Annual report of the Bengal Veterinary College and of the Civil Veterinary Department, Bengal, for the year 1915-16 - 1915-1916
Year: 1915
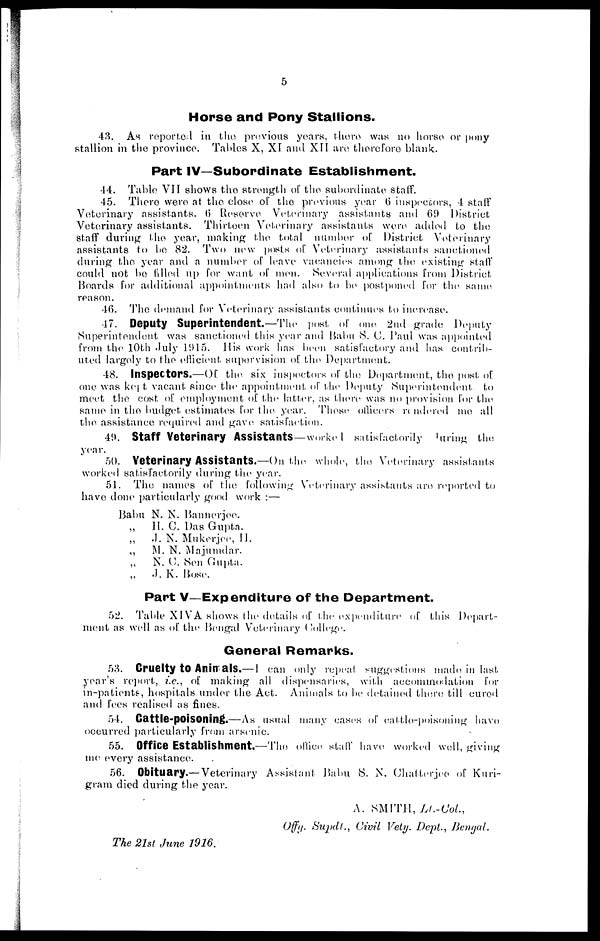
5
Horse and Pony Stallions.
43. As reported in the previous years, there was no horse or pony
stallion in the province. Tables X, XI and XII are therefore blank.
Part IV—Subordinate Establishment.
44. Table VII shows the strength of the subordinate staff.
45. There were at the close of the previous year 6 inspectors, 4 staff
Veterinary assistants. 6 Reserve Veterinary assistants and 69 District
Veterinary assistants. Thirteen Veterinary assistants were added to the
staff during the year, making the total number of District Veterinary
assistants to be 82. Two new posts of Veterinary assistants sanctioned
during the year and a number of leave vacancies among the existing staff
could not bo filled up for want of men. Several applications from District
Hoards for additional appointments had also to be postponed for the same
reason.
46. The demand for Veterinary assistants continues to increase.
47. Deputy Superintendent.—The post of one, 2ml grade Deputy
Superintendent was sanctioned this year and Babu S. (J. Paul was appointed
from the 10th duly 1915. His work has been satisfactory and has contrib-
uted largely to the efficient supervision of the Department.
48. Inspectors.—Of the six inspectors of the Department, the post of
one was kept vacant since the appointment of the Deputy Superintendent to
meet the cost of employment of the latter, as there was no provision for the.
same in the budget estimates for the year. These officers rendered me all
the assistance required and gave satisfaction.
49. Staff Veterinary Assistants—worked satisfactorily during the
year.
50. Veterinary Assistants.—On the whole, the Veterinary assistants
worked satisfactorily during the year.
51. The names of the following Veterinary assistants are reported to
have done particularly good work:—
Balm N. N. Bannerjee.
„ H. C. Das Gupta.
„
J. N. Mukerjee, H.
„
M. N. Majumdar.
„
N. C. Sen Gupta.
„ J. K. Bose.
Part V—Expenditure of the Department.
52. Table XIVA shows the details of the expenditure of this Depart-
ment as well as of the Bengal Veterinary (College.
General Remarks.
58. Cruelty t0 Animals.—I can only repeat suggestions made in last
year's report, i.e., of making all dispensaries, with accommodation for
in-patients, hospitals under the Act. Animals to be detained there till cured
and fees realised as fines.
54. Cattle-poisoning.—As usual many cases of cattle-poisoning have
occurred particularly from arsenic.
55. Office Establishment.—The office staff have worked well, giving
me every assistance.
56. Obituary.—Veterinary Assistant Babu S. N. Chatterjee of Kuri-
gram died during the year.
A. SMITH, Lt.-Col.,
Offg. Supdl., Civil Vety. Dept., Bengal.
The 21st June 1916.